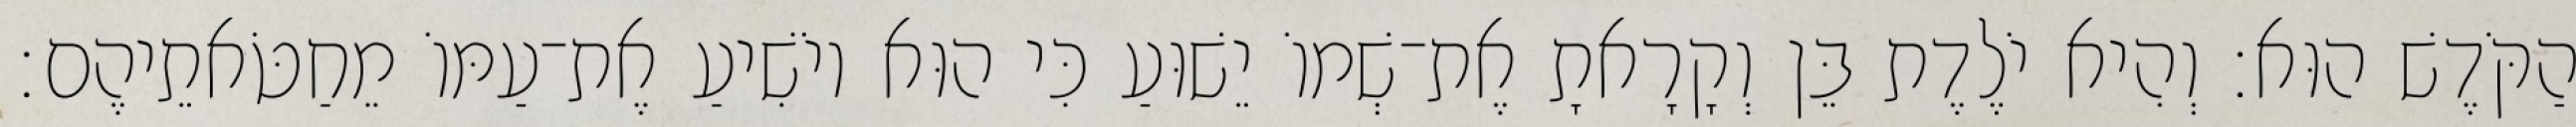
הַקֹּדֶשׁ הוּא׃ וְהִיא יֹלֶדֶת בֵּן וְקָרָאתָ אֶת־שְׁמוֹ יֵשׁוּעַ כִּי הוּא יוֹשִׁיעַ אֶת־עַמּוֹ מֵחַטֹּאתֵיהֶם׃